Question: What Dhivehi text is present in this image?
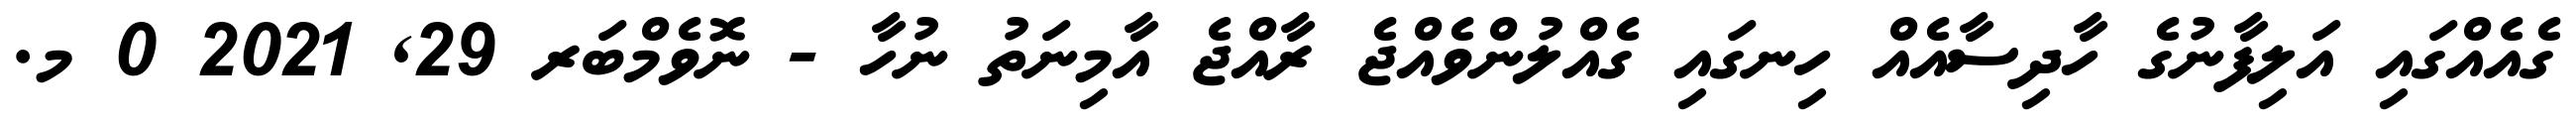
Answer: ގެއެއްގައި އަލިފާނުގެ ހާދިސާއެއް ހިނގައި ގެއްލުންވެއްޖެ ރާއްޖެ އާމިނަތު ނުހާ - ނޮވެމްބަރ 29, 2021 0 މ.